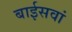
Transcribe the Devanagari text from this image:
बाईसवां